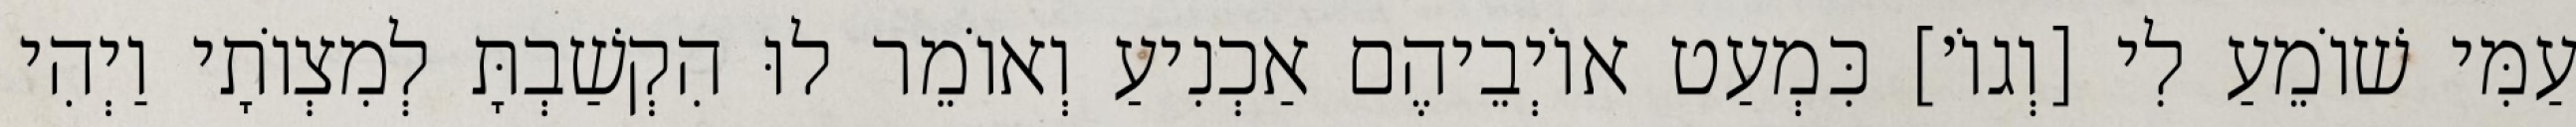
עַמִּי שׁוֹמֵעַ לִי [וְגוֹ׳] כִּמְעַט אוֹיְבֵיהֶם אַכְנִיעַ וְאוֹמֵר לוּ הִקְשַׁבְתָּ לְמִצְוֹתָי וַיְהִי